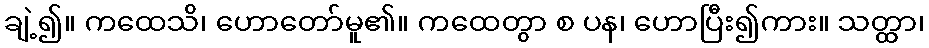
ချဲ့၍။ ကထေသိ၊ ဟောတော်မူ၏။ ကထေတွာ စ ပန၊ ဟောပြီး၍ကား။ သတ္ထာ၊